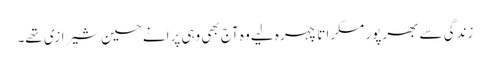
زندگی سے بھرپور مسکراتا چہرہ لیے وہ آج بھی وہی پرانے حسین شیرازی تھے۔